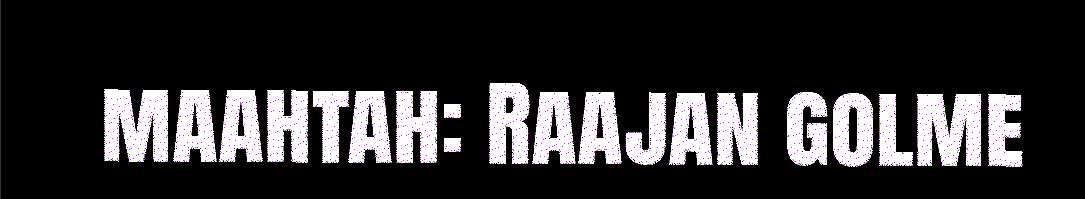
maahtah: Raajan golme